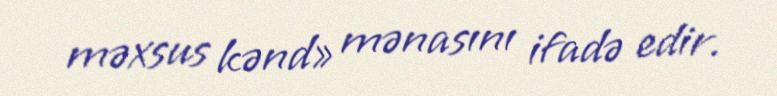
məxsus kənd» mənasını ifadə edir.